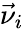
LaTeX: \vec{\nu}_{i}